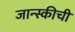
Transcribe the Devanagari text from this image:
जान्स्कीची